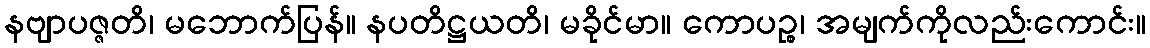
နဗျာပဇ္ဇတိ၊ မဘောက်ပြန်။ နပတိဋ္ဌယတိ၊ မခိုင်မာ။ ကောပဉ္စ၊ အမျက်ကိုလည်းကောင်း။